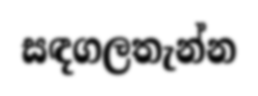
සඳගලතැන්න